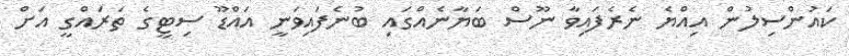
ކައުންސިލުން އިއްޔެ ނެރެފައިވާ ނޫސް ބަޔާނެއްގައި ބުނެފައިވަނީ އައްޑޫ ސިޓީގެ ތަރައްގީ އަށް